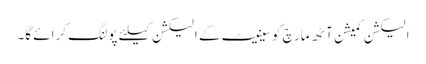
الیکشن کمیشن آٹھ مارچ کو سینیٹ کے الیکشن کیلئے پولنگ کرائے گا۔